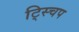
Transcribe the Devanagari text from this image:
ट्स्चिप